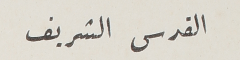
القدس الشريف